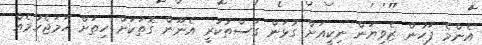
އެންމެ ފަހުން ޒެވިޔަން ނިކީއަށް ގުޅަން ގަސްތުކުރީ އެނޫން ގޮތަކަށް ހިތަށް ހަމަޖެހުމެއް